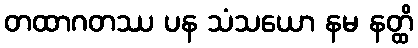
တထာဂတဿ ပန သံသယော နမ နတ္ထိ